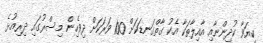
ކިޔަވާ ކުދިންނާއި އާއިލާތަކާ އެކު ގާތްގަނޑަކަށް 100 ވަރަކަށް ދިވެހިން މިސްރުގައި ދިރިއުޅެ